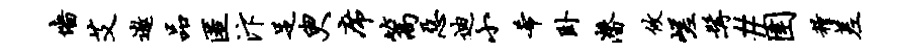
墙艾遨品匿汴足臾席篙恶迪小希卧潜攸嵯髯#圉粮差